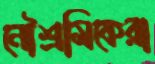
নৌশ্রমিকেরা